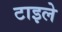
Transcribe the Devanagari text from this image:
टाइले